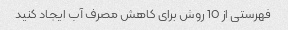
فهرستی از 10 روش برای کاهش مصرف آب ایجاد کنید